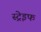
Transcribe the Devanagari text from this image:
स्ट्रेइफ